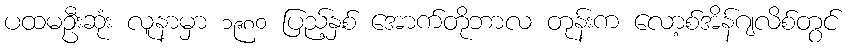
ပထမဦးဆုံး လူနာမှာ ၁၉၈၀ ပြည့်နှစ် အောက်တိုဘာလ တုန်းက လော့စ်အိန်ဂျလိစ်တွင်